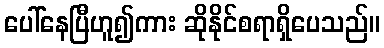
ပေါ်နေပြီဟူ၍ကား ဆိုနိုင်စရာရှိပေသည်။